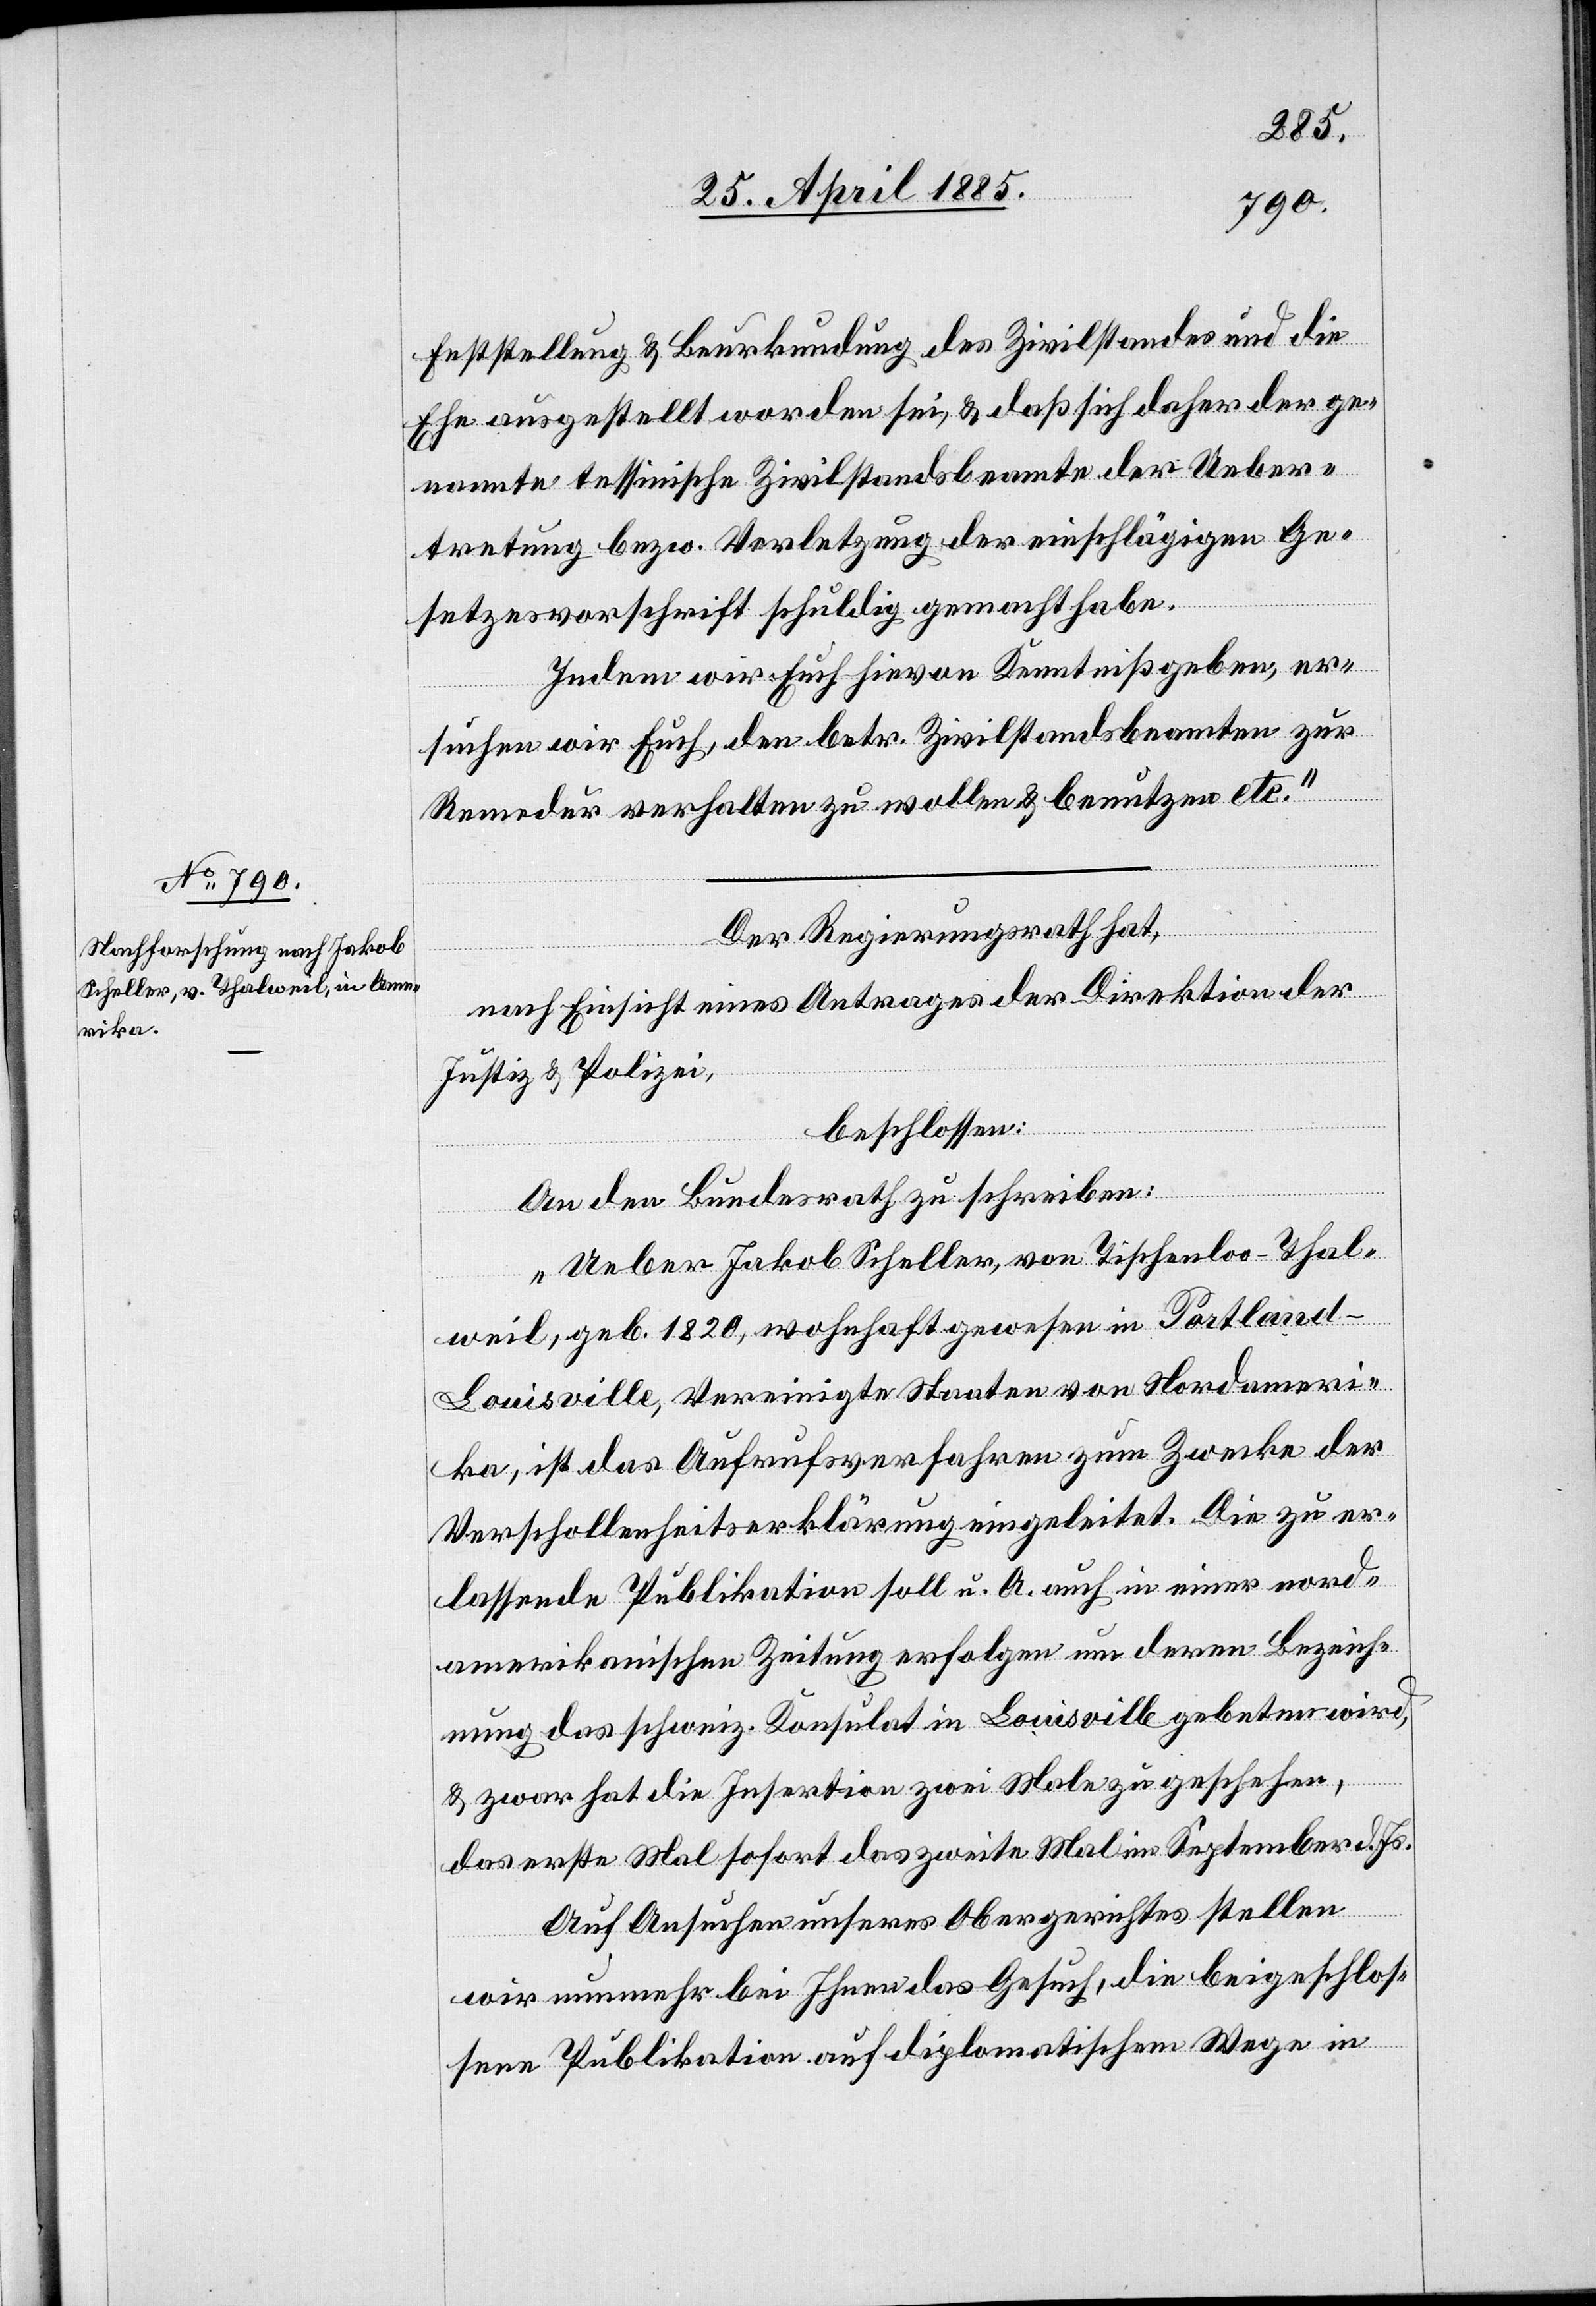
Feststellung & Beurkundung des Zivilstandes und die
Ehe ausgestellt worden sei, & daß sich daher der ge¬
nannte tessinische Zivilstandsbeamte der Ueber¬
tretung bezw. Verletzung der einschlägigen Ge¬
setzesvorschrift schuldig gemacht habe.
Indem wir Euch hievon Kenntniß geben, er¬
suchen wir Euch, den betr. Zivilstandsbeamten zur
Remedur verhalten zu wollen & benutzen etc.“
Der Regierungsrath hat,
nach Einsicht eines Antrages der Direktion der
Justiz & Polizei,
beschlossen:
An den Bundesrath zu schreiben:
„Ueber Jakob Scheller, von Tischenloo - Thal¬
weil, geb. 1820, wohnhaft gewesen in Portland
Louisville, Vereinigte Staaten von Nordameri¬
ka, ist das Aufrufsverfahren zum Zwecke der
Verschollenheitserklärung eingeleitet. Die zu er¬
lassende Publikation soll u. A. auch in einer nord¬
amerikanischen Zeitung erfolgen um deren Bezeich¬
nung das schweiz. Konsulat in Louisville gebeten wird,
& zwar hat die Insertion zwei Male zu geschehen,
das erste Mal sofort das zweite Mal im September d. Js.
Auf Ansuchen unseres Obergerichtes stellen
wir nunmehr bei Ihnen das Gesuch, die beigeschlos¬
sene Publikation auf diplomatischem Wege in